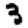
Digit: 3